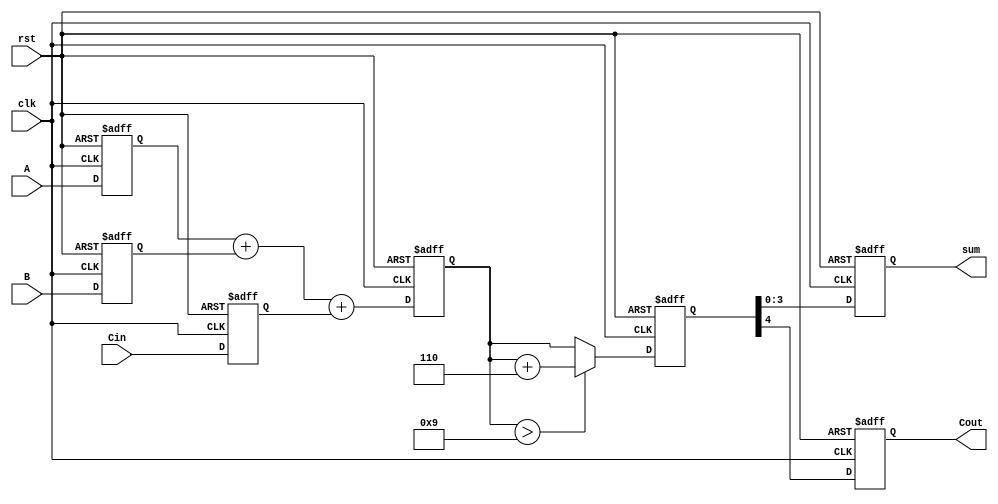
module BCD_Pipelined_Adder (
    input wire clk,            // Clock signal
    input wire rst,            // Reset signal
    input wire [3:0] A,       // BCD digit A
    input wire [3:0] B,       // BCD digit B
    input wire Cin,            // Carry-in from the previous stage
    output reg [3:0] sum,     // BCD sum output
    output reg Cout           // Carry-out for next stage
);

// Intermediate signals
reg [4:0] adder_result;      // 5-bit result from the adder
reg correction_needed;        // Flag to check if correction is needed
reg [4:0] corrected_result;   // Result after correction

// Input stage: pipeline registers
reg [3:0] A_reg, B_reg;
reg Cin_reg;

// Stage 1: Register Input
always @(posedge clk or posedge rst) begin
    if (rst) begin
        A_reg <= 4'b0000;
        B_reg <= 4'b0000;
        Cin_reg <= 1'b0;
    end else begin
        A_reg <= A;
        B_reg <= B;
        Cin_reg <= Cin;
    end
end

// Stage 2: Adder Stage
always @(posedge clk or posedge rst) begin
    if (rst) begin
        adder_result <= 5'b00000;
    end else begin
        adder_result <= A_reg + B_reg + Cin_reg; // 5-bit sum
    end
end

// Stage 3: Correction Logic
always @(posedge clk or posedge rst) begin
    if (rst) begin
        corrected_result <= 5'b00000;
        correction_needed <= 1'b0;
    end else begin
        // Check if correction is needed
        if (adder_result > 5'b01001) begin // Check if sum > 9
            correction_needed <= 1'b1;
            corrected_result <= adder_result + 5'b00110; // Add 6 in binary
        end else begin
            correction_needed <= 1'b0;
            corrected_result <= adder_result; // No correction
        end
    end
end

// Output Stage
always @(posedge clk or posedge rst) begin
    if (rst) begin
        sum <= 4'b0000;
        Cout <= 1'b0;
    end else begin
        sum <= corrected_result[3:0]; // BCD result (4-bit)
        Cout <= corrected_result[4];   // Carry-out (indicates overflow to next stage)
    end
end

endmodule